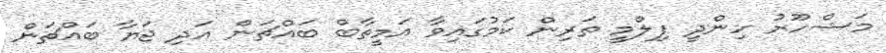
މަޝްހޫރު ހިންދީ ފިލްމީ ތަރިން ކަމުގައިވާ އަމީތާބް ބައްޗަން އަދި ޖަޔާ ބައްޗަން